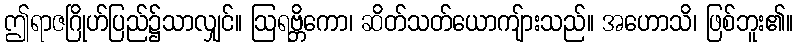
ဤရာဇဂြိုဟ်ပြည်၌သာလျှင်။ ဩရဗ္ဘိကော၊ ဆိတ်သတ်ယောကျ်ားသည်။ အဟောသိ၊ ဖြစ်ဘူး၏။